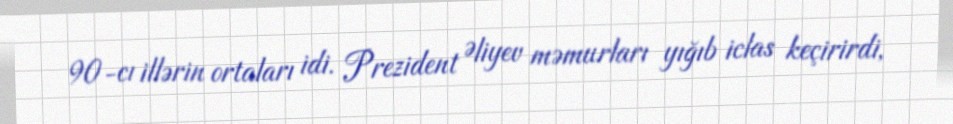
90-cı illərin ortaları idi. Prezident Əliyev məmurları yığıb iclas keçirirdi,